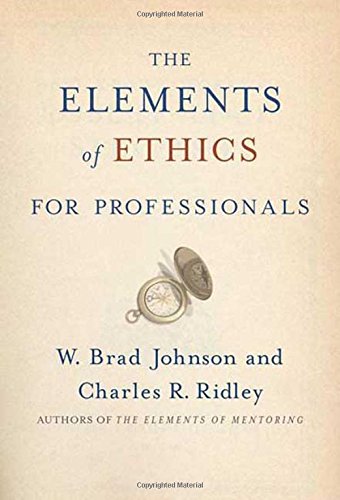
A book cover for The Elements of Ethics for Professionals; W. Brad Johnson; Business & Money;